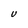
Character: U